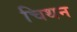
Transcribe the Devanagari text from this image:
चिथन